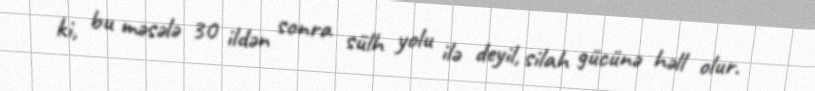
ki, bu məsələ 30 ildən sonra sülh yolu ilə deyil, silah gücünə həll olur.